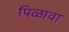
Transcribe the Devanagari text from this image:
पिळावा